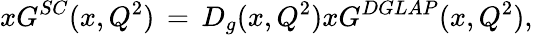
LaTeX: xG^{SC}(x,Q^{2})\, =\, D_{g}(x,Q^{2})xG^{DGLAP}(x,Q^{2}),